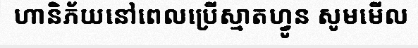
ហានិភ័យនៅពេលប្រើស្មាតហ្វូន សូមមើល